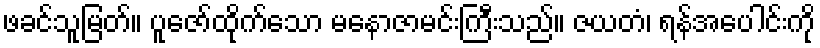
ဖခင်သူမြတ်။ ပူဇော်ထိုက်သော မနောဇာမင်းကြီးသည်။ ဇယတံ၊ ရန်အပေါင်းကို